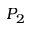
P _ { 2 }